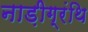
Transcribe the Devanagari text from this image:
नाड़ीग्रंथि